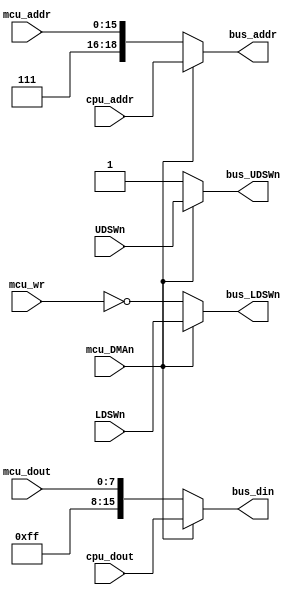
/*  This file is part of JTCORES.
    JTCORES program is free software: you can redistribute it and/or modify
    it under the terms of the GNU General Public License as published by
    the Free Software Foundation, either version 3 of the License, or
    (at your option) any later version.

    JTCORES program is distributed in the hope that it will be useful,
    but WITHOUT ANY WARRANTY; without even the implied warranty of
    MERCHANTABILITY or FITNESS FOR A PARTICULAR PURPOSE.  See the
    GNU General Public License for more details.

    You should have received a copy of the GNU General Public License
    along with JTCORES.  If not, see <http://www.gnu.org/licenses/>.

    Author: Jose Tejada Gomez. Twitter: @topapate
    Version: 1.0
    Date: 12-9-2019 */

// Bionic Commando: Main CPU


module jtbiocom_bus(
    input      [16:1]  mcu_addr,
    input      [19:1]  cpu_addr,
    input              mcu_wr,
    input              UDSWn,
    input              LDSWn,
    input              mcu_DMAn,
    input      [ 7:0]  mcu_dout,
    input      [15:0]  cpu_dout,

    output reg [19:1]  bus_addr,
    output reg [15:0]  bus_din,
    output reg         bus_UDSWn,
    output reg         bus_LDSWn
);

always @(*) begin
    if ( !mcu_DMAn ) begin // MCU access
        bus_addr  = {3'b111, mcu_addr };
        bus_din   = { 8'hff, mcu_dout };
        bus_UDSWn = 1'b1;
        bus_LDSWn = ~mcu_wr;
    end else begin // OBJ access
        bus_addr  = cpu_addr;
        bus_din   = cpu_dout;
        bus_UDSWn = UDSWn;
        bus_LDSWn = LDSWn;
    end
end


endmodule